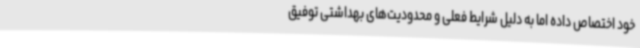
خود اختصاص داده اما به دلیل شرایط فعلی و محدودیت‌های بهداشتی توفیق